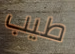
طيب